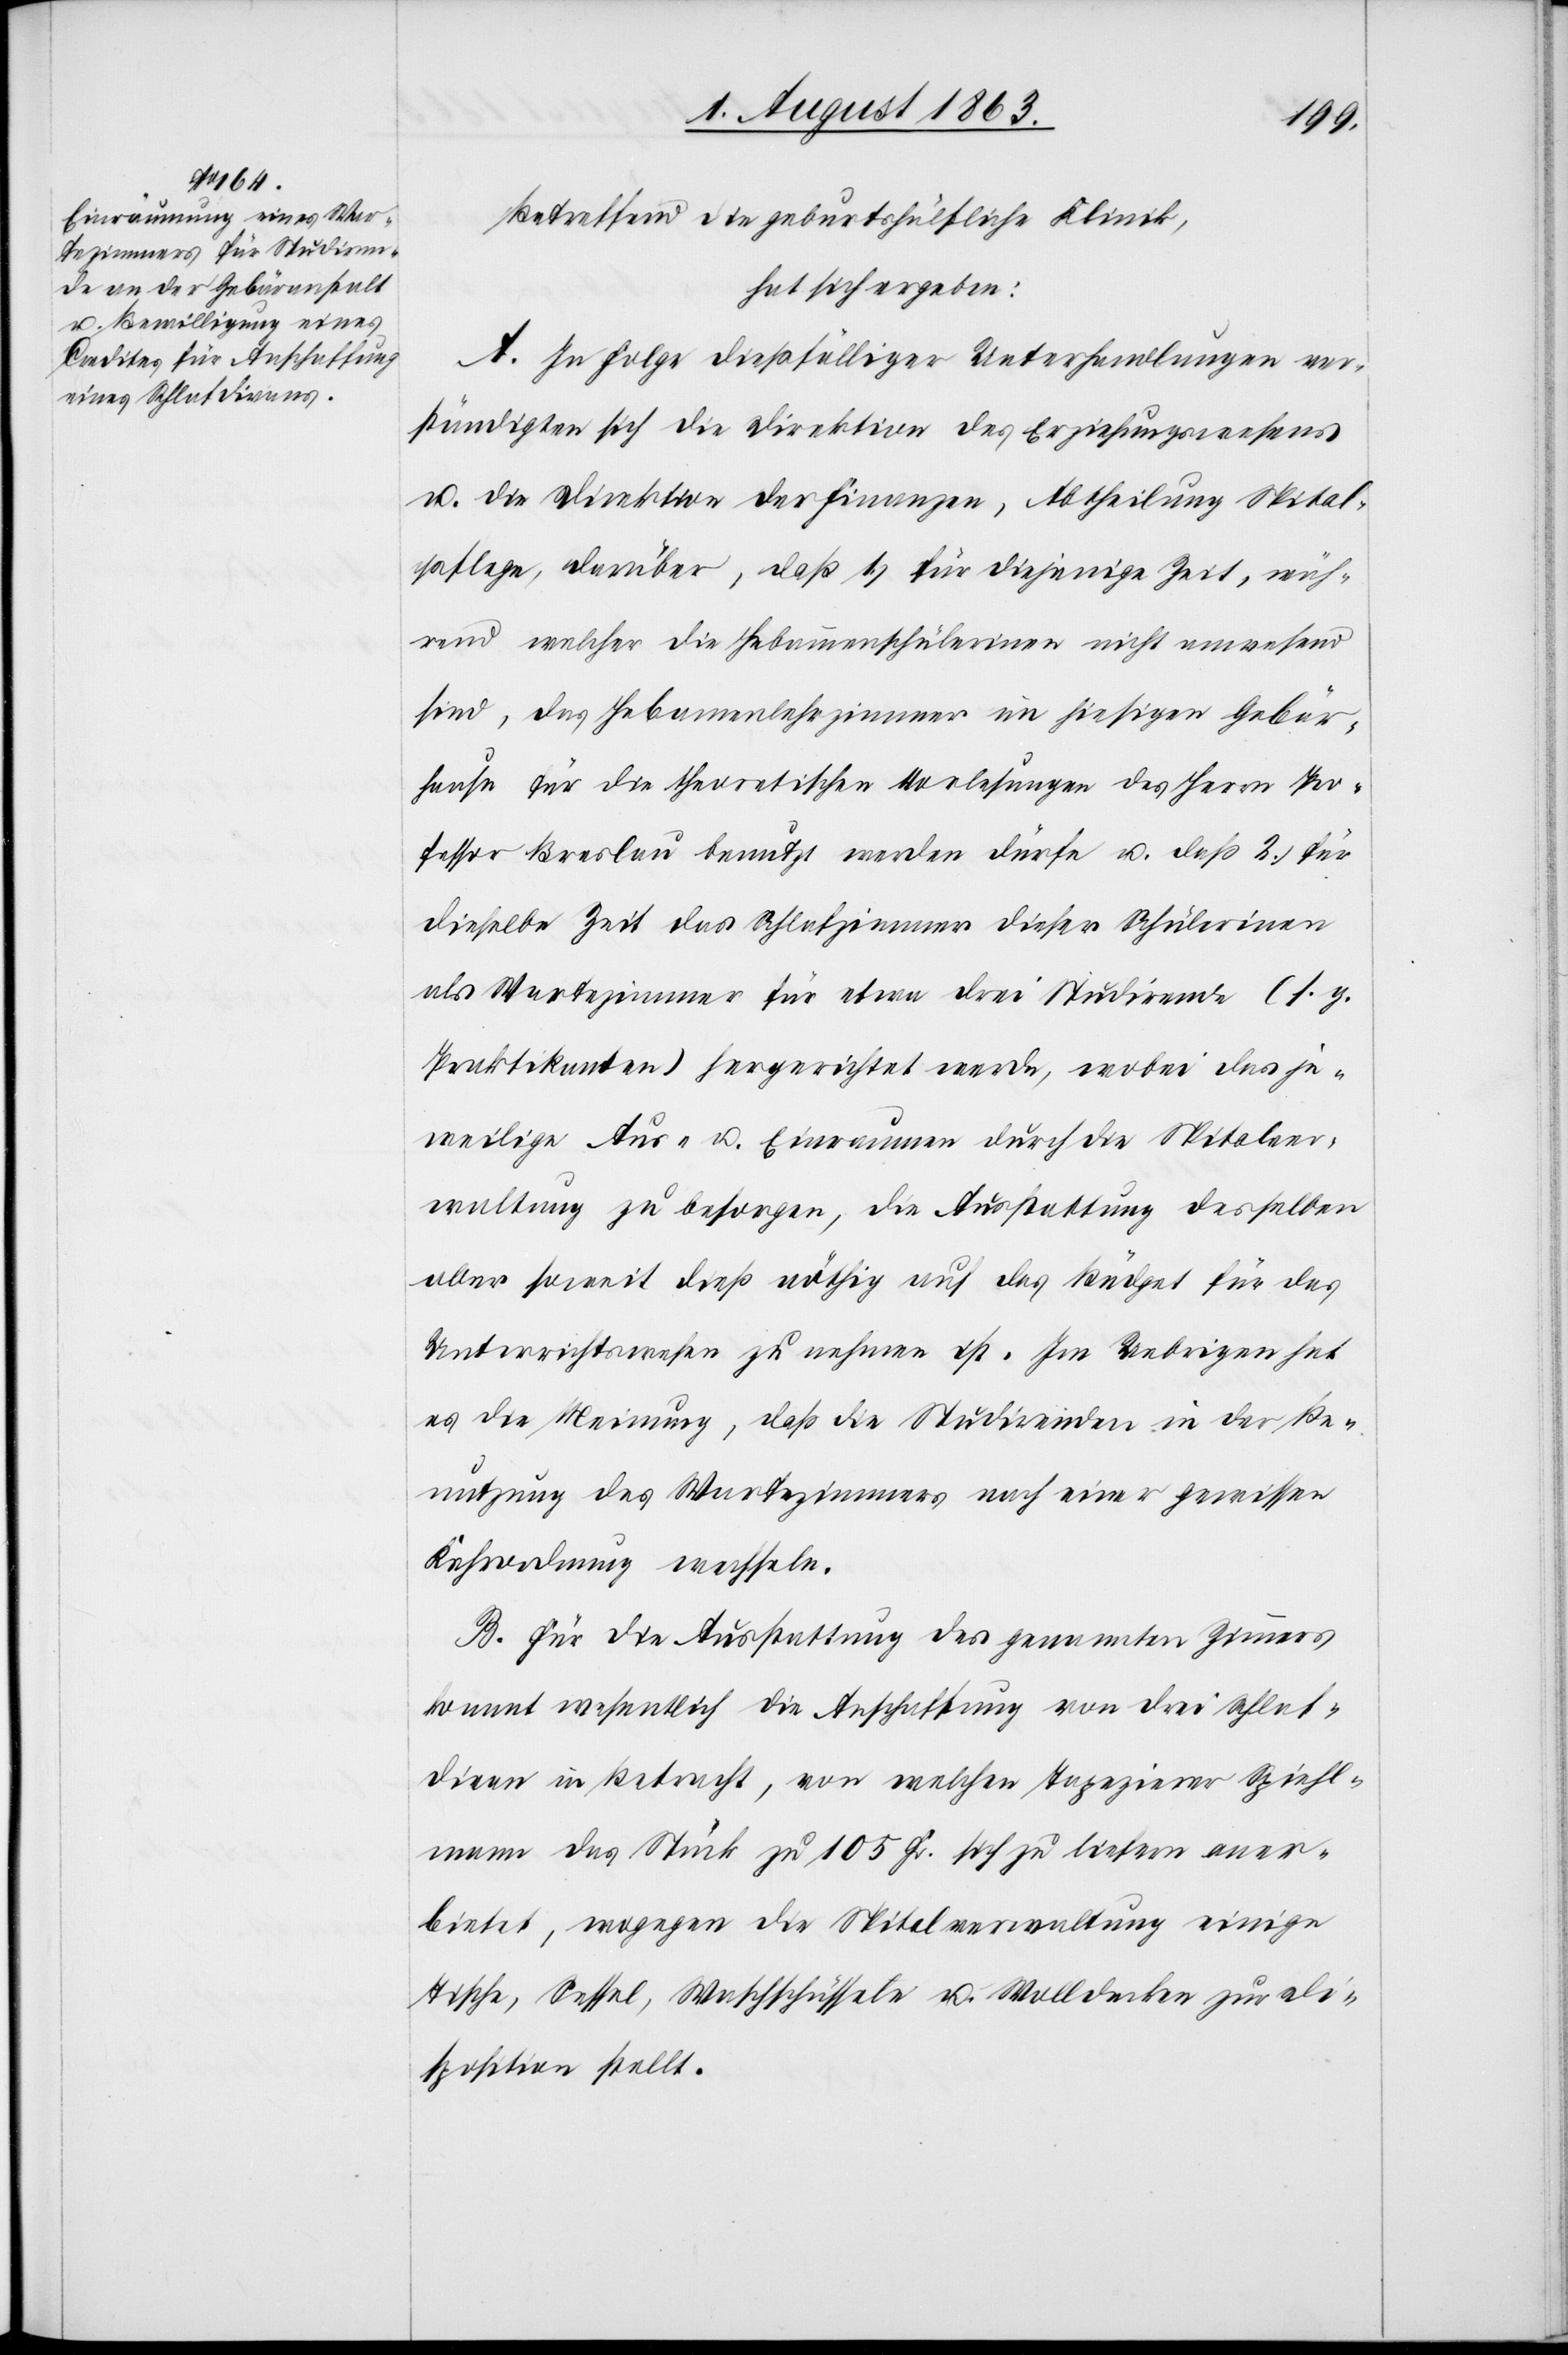
Betreffend die geburtshülfliche Klinik,
hat sich ergeben:
A. In Folge dießfälliger Unterhandlungen ver¬
ständigten sich die Direktion des Erziehungswesens
u. die Direktion der Finanzen, Abtheilung Spital¬
pflege, darüber, daß 1.) für diejenige Zeit, wäh¬
rend welcher die Hebammenschülerinen nicht anwesend
sind, das Hebamenlehrzimmer im hiesigen Gebär¬
hause für die theoretischen Vorlesungen des Herrn Pro¬
fessor Breslau benutzt werden dürfe u. daß 2.) für
dieselbe Zeit das Schlafzimmer dieser Schülerinen
als Wartezimmer für etwa drei Studirende (s. g.
Praktikanten) hergerichtet werde, wobei das je¬
weilige Aus- u. Einraumen durch die Spitalver¬
waltung zu besorgen, die Ausstattung desselben
aber soweit dieß nöthig auf das Büdget für das
Unterrichtswesen zu nehmen ist. Im Uebrigen hat
es die Meinung, daß die Studirenden in der Be¬
nutzung des Wartezimmers nach einer gewissen
Kehrordnung wechseln.
B. Für die Ausstattung des genannten Zimmers
kommt wesentlich die Anschaffung von drei Schlaf¬
divan in Betracht, von welchen Tapezierer Spiehl¬
mann das Stück zu 105 Fr. sich zu liefern aner¬
bietet, wogegen die Spitalverwaltung einige
Tische, Sessel, Waschschüsseln u. Wolldecken zur Dis¬
position stellt.